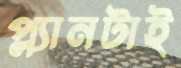
প্ল্যানটাই